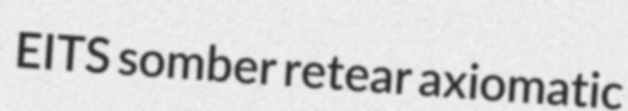
EITS somber retear axiomatic